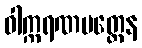
ဝါက္ကရဏမတ္တေန